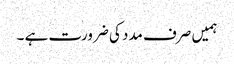
ہمیں صرف مدد کی ضرورت ہے ۔